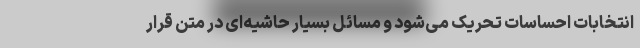
انتخابات احساسات تحریک می‌شود و مسائل بسیار حاشیه‌ای در متن قرار